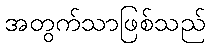
အတွက်သာဖြစ်သည်